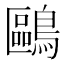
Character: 鷗